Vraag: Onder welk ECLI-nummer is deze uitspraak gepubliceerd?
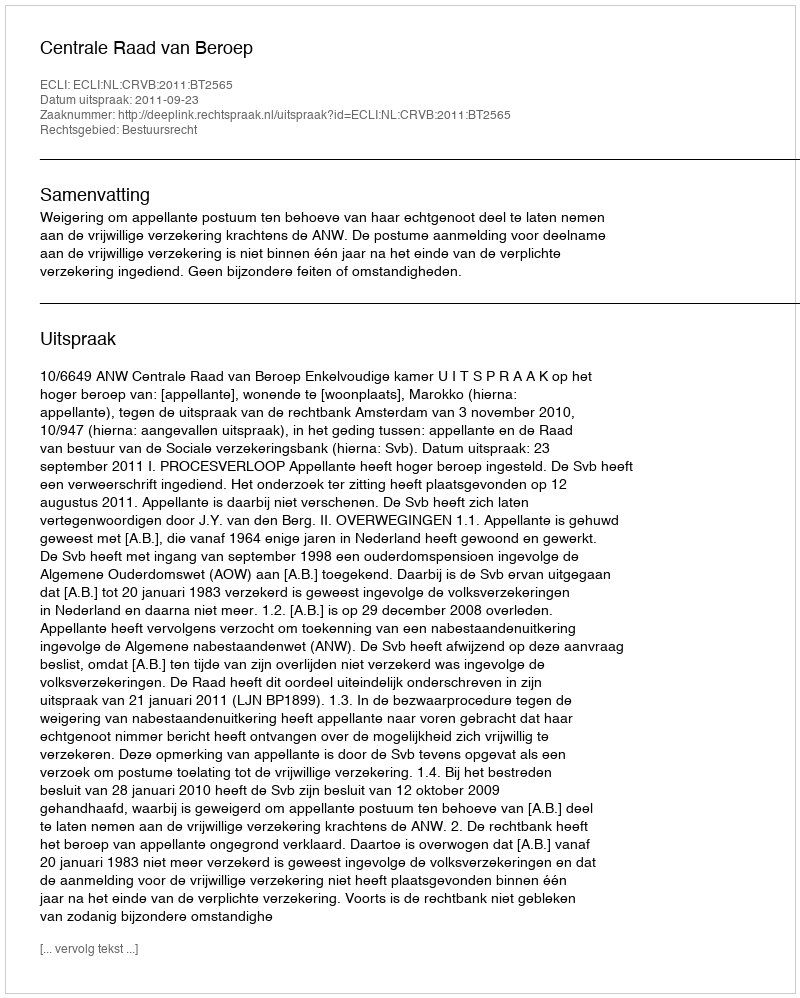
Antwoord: ECLI:NL:CRVB:2011:BT2565